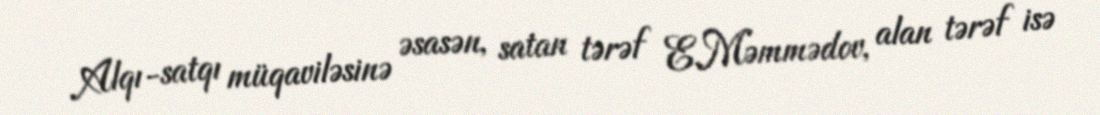
Alqı-satqı müqaviləsinə əsasən, satan tərəf E.Məmmədov, alan tərəf isə